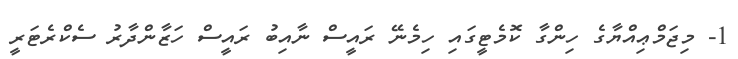
1- މިޖަމްޢިއްޔާގެ ހިންގާ ކޮމެޓީގައި ހިމެނޭ ރައީސް ނާއިބު ރައީސް ހަޒާންދާރު ސެކްރެޓަރީ